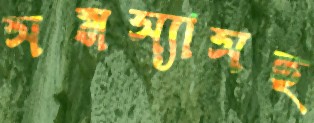
সমস্যাসহ